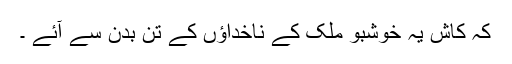
کہ کاش یہ خوشبو ملک کے ناخداؤں کے تن بدن سے آئے ۔